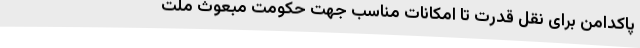
پاکدامن‌ برای‌ نقل‌ قدرت‌ تا امکانات‌ مناسب‌ جهت‌ حکومت‌ مبعوث‌ ملت‌